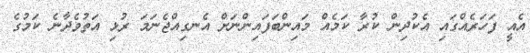
އެއީ ފަހަރެއްގައި އެކުދިން ކުރާ ކަމެއް މައިންބަފައިންނަށް އެނގިއްޖެނަމަ ރުޅި އަތުވެދާނެ ކަމުގެ